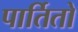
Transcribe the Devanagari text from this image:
पार्तितो